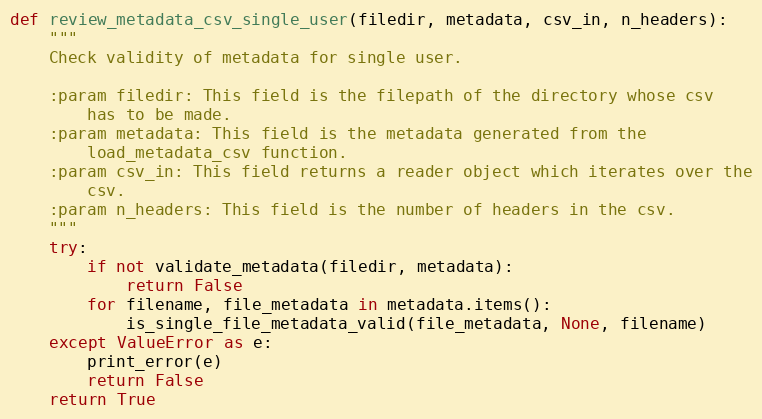
Language: Python
def review_metadata_csv_single_user(filedir, metadata, csv_in, n_headers):
    """
    Check validity of metadata for single user.

    :param filedir: This field is the filepath of the directory whose csv
        has to be made.
    :param metadata: This field is the metadata generated from the
        load_metadata_csv function.
    :param csv_in: This field returns a reader object which iterates over the
        csv.
    :param n_headers: This field is the number of headers in the csv.
    """
    try:
        if not validate_metadata(filedir, metadata):
            return False
        for filename, file_metadata in metadata.items():
            is_single_file_metadata_valid(file_metadata, None, filename)
    except ValueError as e:
        print_error(e)
        return False
    return True